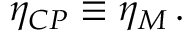
\eta _ { C P } \equiv \eta _ { M } \, .